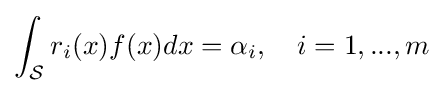
\int _{\mathcal {S}}r_{i}(x)f(x)dx=\alpha _{i},\quad i=1,...,m